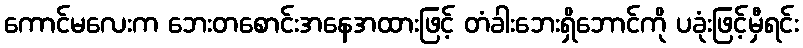
ကောင်မလေးက ဘေးတစောင်းအနေအထားဖြင့် တံခါးဘေးရှိဘောင်ကို ပခုံးဖြင့်မှီရင်း